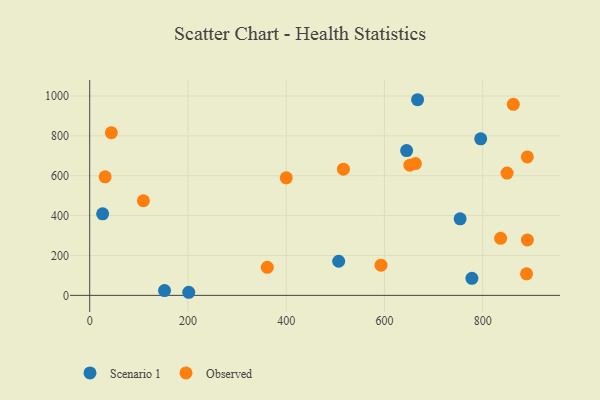
{"axis": {"x": "Ad Spend", "y": "Exam Score"}, "legend": ["Observed", "Scenario 1"], "data": [{"x": "667.4", "y": 981.2, "type": "Scenario 1"}, {"x": "778.0", "y": 85.3, "type": "Scenario 1"}, {"x": "645.1", "y": 726.2, "type": "Scenario 1"}, {"x": "201.6", "y": 15.5, "type": "Scenario 1"}, {"x": "506.8", "y": 171.2, "type": "Scenario 1"}, {"x": "152.3", "y": 23.8, "type": "Scenario 1"}, {"x": "26.3", "y": 409.2, "type": "Scenario 1"}, {"x": "754.0", "y": 384.1, "type": "Scenario 1"}, {"x": "795.9", "y": 784.9, "type": "Scenario 1"}, {"x": "516.4", "y": 633.1, "type": "Observed"}, {"x": "109.3", "y": 474.6, "type": "Observed"}, {"x": "31.4", "y": 594.3, "type": "Observed"}, {"x": "651.7", "y": 652.7, "type": "Observed"}, {"x": "890.8", "y": 694.4, "type": "Observed"}, {"x": "400.1", "y": 589.4, "type": "Observed"}, {"x": "592.9", "y": 151.4, "type": "Observed"}, {"x": "836.4", "y": 286.0, "type": "Observed"}, {"x": "890.9", "y": 277.6, "type": "Observed"}, {"x": "849.5", "y": 613.1, "type": "Observed"}, {"x": "862.3", "y": 958.0, "type": "Observed"}, {"x": "361.5", "y": 140.5, "type": "Observed"}, {"x": "662.9", "y": 661.2, "type": "Observed"}, {"x": "44.0", "y": 815.8, "type": "Observed"}, {"x": "889.2", "y": 107.9, "type": "Observed"}]}